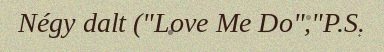
Négy dalt ("Love Me Do","P.S.